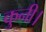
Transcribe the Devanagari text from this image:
कुनी।